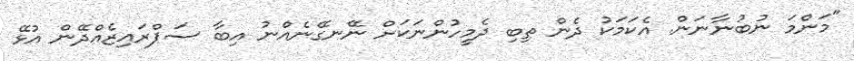
"މަންމަ ނުބުނާނަން. އެކަމަކު ދެން ތިބި ދެމީހުންނަކަށް ނޭނގޭނެއްނު އިބާ ސަޕްރައިޒެއްދޭން އުޅޭ